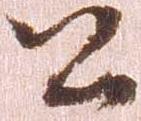
公